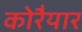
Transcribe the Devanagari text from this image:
कोरैयार